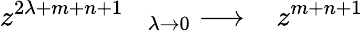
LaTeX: z^{2\lambda+m+n+1}\; \; \; {}_{\lambda\rightarrow 0}\longrightarrow\; \; \; z^{m+n+1}